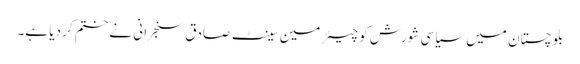
بلو چستان میں سیاسی شورش کو چیئرمین سینٹ صادق سنجرانی نے ختم کر دیا ہے۔